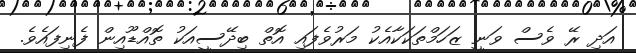
އަދި ރޭ ވެސް ވަނީ ޒަހަމްތަކަކާއެކު މަރުވެފައި އޮތް ބިދޭސީއަކު ތޮއްޑޫއިން ފެނިފައެވެ.